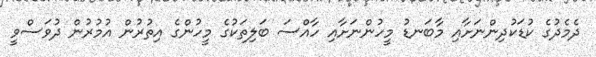
ދެމެދުގެ ކުޑަކުދިންނަށާއި މާބަނޑު މީހުންނަށާއި ހާއްސަ ބަލިތަކުގެ މީހުންގެ އިތުރުން އުމުރުން ދުވަސްވީ